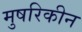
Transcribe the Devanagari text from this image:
मुषरिकीन